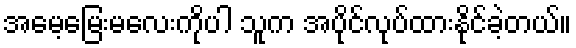
အမေ့မြေးမလေးကိုပါ သူက အပိုင်လုပ်ထားနိုင်ခဲ့တယ်။